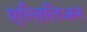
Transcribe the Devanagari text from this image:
एल्तिलिअन